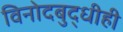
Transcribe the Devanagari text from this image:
विनोदबुद्धीही